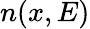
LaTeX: n(x,E)